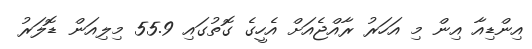
އިންޑިއާ އިން މި އަހަރު ރާއްޖެއަށް އެހީގެ ގޮތުގައި 55.9 މިލިއަން ޑޮލަރު